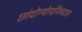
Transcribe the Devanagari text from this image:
छांदोग्योपनिषदात